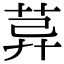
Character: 𦯸